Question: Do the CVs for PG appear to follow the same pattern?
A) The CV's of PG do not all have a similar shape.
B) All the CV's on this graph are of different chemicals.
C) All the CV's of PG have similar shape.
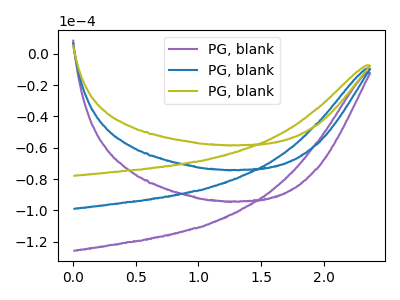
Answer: <think>The purple curve "PG, blank1" has no peaks. The blue curve "PG, blank2" has no peaks. The olive curve "PG, blank3" has no peaks.
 Neither "PG, blank1" or "PG, blank2" have any peaks. Neither "PG, blank1" or "PG, blank3" have any peaks. Neither "PG, blank2" or "PG, blank3" have any peaks.</think>
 <answer>C) All the CV's of "PG" have similar shape.</answer>
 <eval>C</eval>